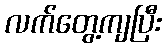
လက်တွေ့ကျပြီး